Annual administration report of the Civil Veterinary Department of India - 1897-1898
Year: 1897
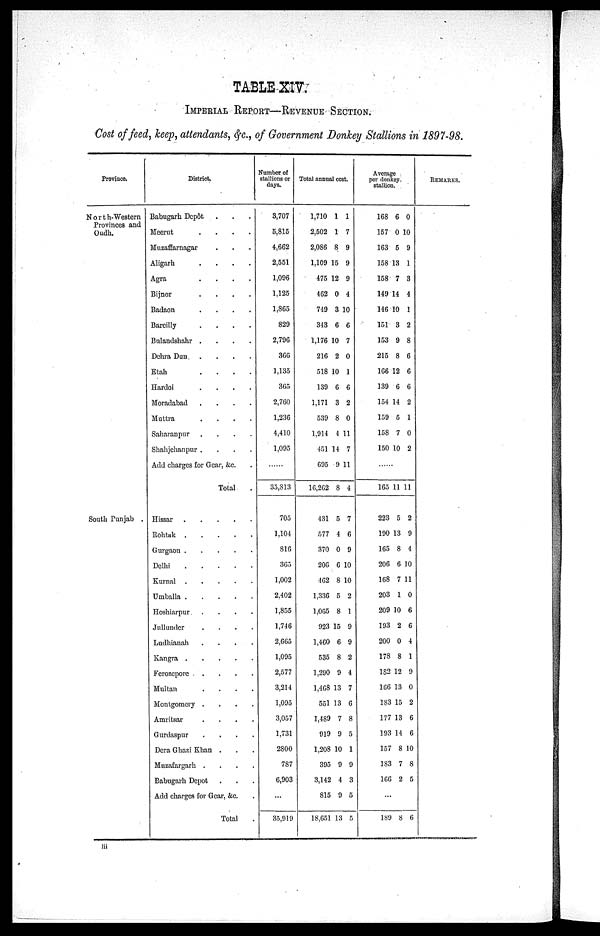
TABLE XIV.
IMPERIAL REPORT—REVEUE SECTION.
Cost of feed, keep, attendants, &c., of Government Donkey Stallions in 1897—98.
Province.
North—Western
Provinces and
Oudh.
South Punjab .
District.
Babugarh Depôt . . .
Meerut
....
Muzaffarnagar . . .
Aligarh
....
Agra
....
Bijnor
....
Badaon
....
Bareilly
....
Bulandshahr
....
Dehra Dun
Etah
....
Hardoi
....
Moradabad
....
Multra
....
Saharanpur
....
Shahjehanpur
....
Add charges for Gear, &c.
Total
Hissar
.....
Rohtuk
.....
Gurgaon
....
Delhi
.....
Kurnal
.....
Umballa
.....
Hoshiarpur
....
Jullunder
....
Ludhianah
....
Kangra
.....
Ferozepore
....
Multan
....
Montgomery
....
Amritsar
....
Gurdaspur
.
.
.
.
Dera Ghazi Khan . . .
Muzafargarh
....
Babugarh Depot . . .
Add charges for Gear, &c. .
Total .
Number of
stallions or
days.
3,707
5,815
4,662
2,551
1,096
1,125
1,865
829
2,796
366
1,135
365
2,760
1,236
4,410
1,095
......
35,813
705
1,104
816
365
1,002
2,402
1,855
1,746
2,665
1,095
2,577
3,214
1,095
3,057
1,731
2,800
787
6,903
...
35,919
Total annual cost.
1,710
2,502
2,086
1,109
475
462
749
343
1,176
216
518
139
1,171
539
1,914
451
695
16,262
431
577
370
206
462
1,336
1,065
923
1,460
535
1,290
1,468
551
1,489
919
1,208
395
3,142
815
18,651
1
1
8
15
12
0
3
6
10
2
10
6
3
8
4
14
9
8
5
4
0
6
8
5
8
15
6
8
9
13
13
7
9
10
9
4
9
13
1
7
9
9
9
4
10
6
7
0
1
6
2
0
11
7
11
4
7
6
9
10
10
2
1
9
9
2
4
7
6
8
5
1
9
3
5
5
Average
per donkey
stallion.
168
157
163
158
158
149
146
151
153
215
166
139
154
159
158
150
.....
165
223
190
165
206
168
203
209
193
200
178
182
166
183
177
193
157
183
166
...
189
6
0
5
13
7
14
10
3
9
8
12
6
14
5
7
10
11
5
13
8
6
7
1
10
2
0
8
12
13
15
13
14
8
7
2
8
0
10
9
1
3
4
1
2
8
6
6
6
2
1
0
2
11
2
9
4
10
11
0
6
6
4
1
9
0
2
6
6
10
8
5
6
REMARKS.
lii